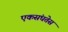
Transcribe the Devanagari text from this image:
एकसंघतेस